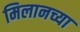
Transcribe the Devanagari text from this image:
मिलानच्या